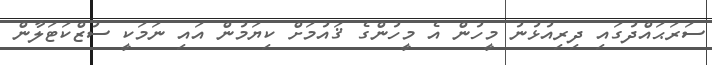
ސަަރަޙައްދުގައި ދިރިއުޅުނު މީހުން އެ މީހުންގެ ޤައުމަށް ކިޔަމުން އައި ނަމަކީ ސުޒްކަޓަލާން